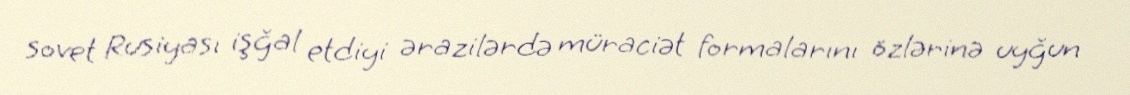
sovet Rusiyası işğal etdiyi ərazilərdə müraciət formalarını özlərinə uyğun